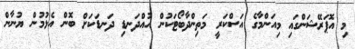
މި އޮޕަރޭޝަންގައި މިއަންމާގެ އަސްކަރީ މަތިންދާބޯޓަކުން އުއްދަނޑި ދަނޑަކަށް ބޮން އެޅުމުން ޔުނާން